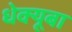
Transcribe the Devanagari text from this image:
धेक्यूबा